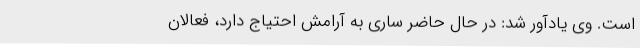
است. وی یادآور شد: در حال حاضر ساری به آرامش احتیاج دارد، فعالان